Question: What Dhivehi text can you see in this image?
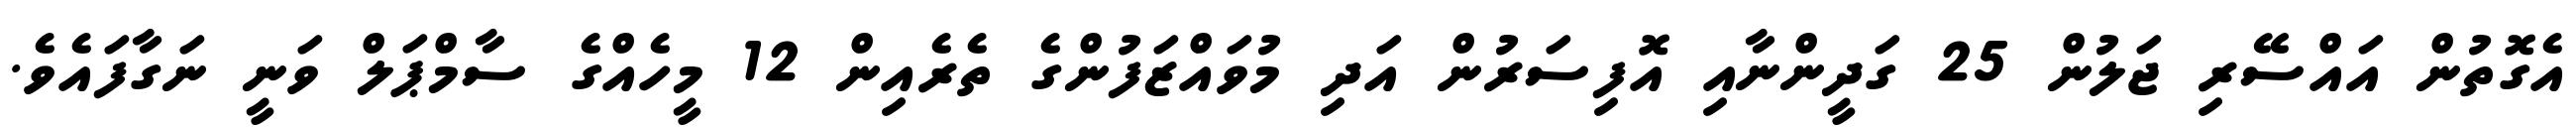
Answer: އެގޮތުން އައްސޭރި ޖަލުން 25 ގަދީންނާއި އޮފިސަރުން އަދި މުވައްޒަފުންގެ ތެރެއިން 12 މީހެއްގެ ސާމްޕަލް ވަނީ ނަގާފައެވެ.